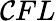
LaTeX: \mathcal{C}FL